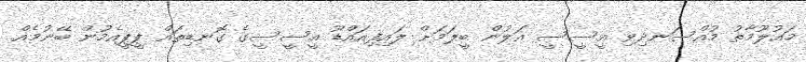
މައުލޫމާތު މުއްސަނދިވި އީސީސީ އަލުން ބީލަމަށް ލައިފިއައްޑޫ އީސީސީގެ ގޮނޑިތައް ޕީޕީއެމުން ބޭނުމެއް